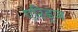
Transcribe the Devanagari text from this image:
एरिड्‌ज